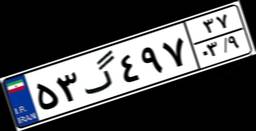
۵۳گ۴۹۷۳۷